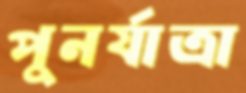
পুনর্যাত্রা